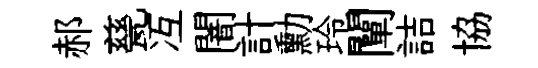
郝甆冱闇計勳玲闡詰協